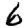
Digit: 6